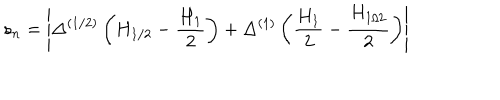
s _ { n } = \left| \Delta ^ { ( 1 / 2 ) } \left( H _ { 1 / 2 } - \frac { H _ { 1 } } { 2 } \right) + \Delta ^ { ( 1 ) } \left( \frac { H _ { 1 } } { 2 } - \frac { H _ { 1 / 2 } } { 2 } \right) \right|